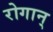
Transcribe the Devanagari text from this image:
रोगान्